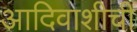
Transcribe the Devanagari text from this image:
आदिवाशीची